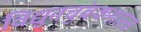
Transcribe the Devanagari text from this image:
विद्युतचुंबकशास्त्र